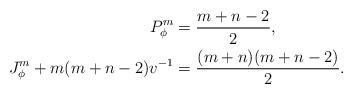
LaTeX: \begin{align*} P_\phi^m & = \frac{m+n-2}{2}, \\ J_\phi^m + m(m+n-2)v^{-1} & = \frac{(m+n)(m+n-2)}{2} . \end{align*}